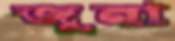
জুনা